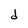
Character: d